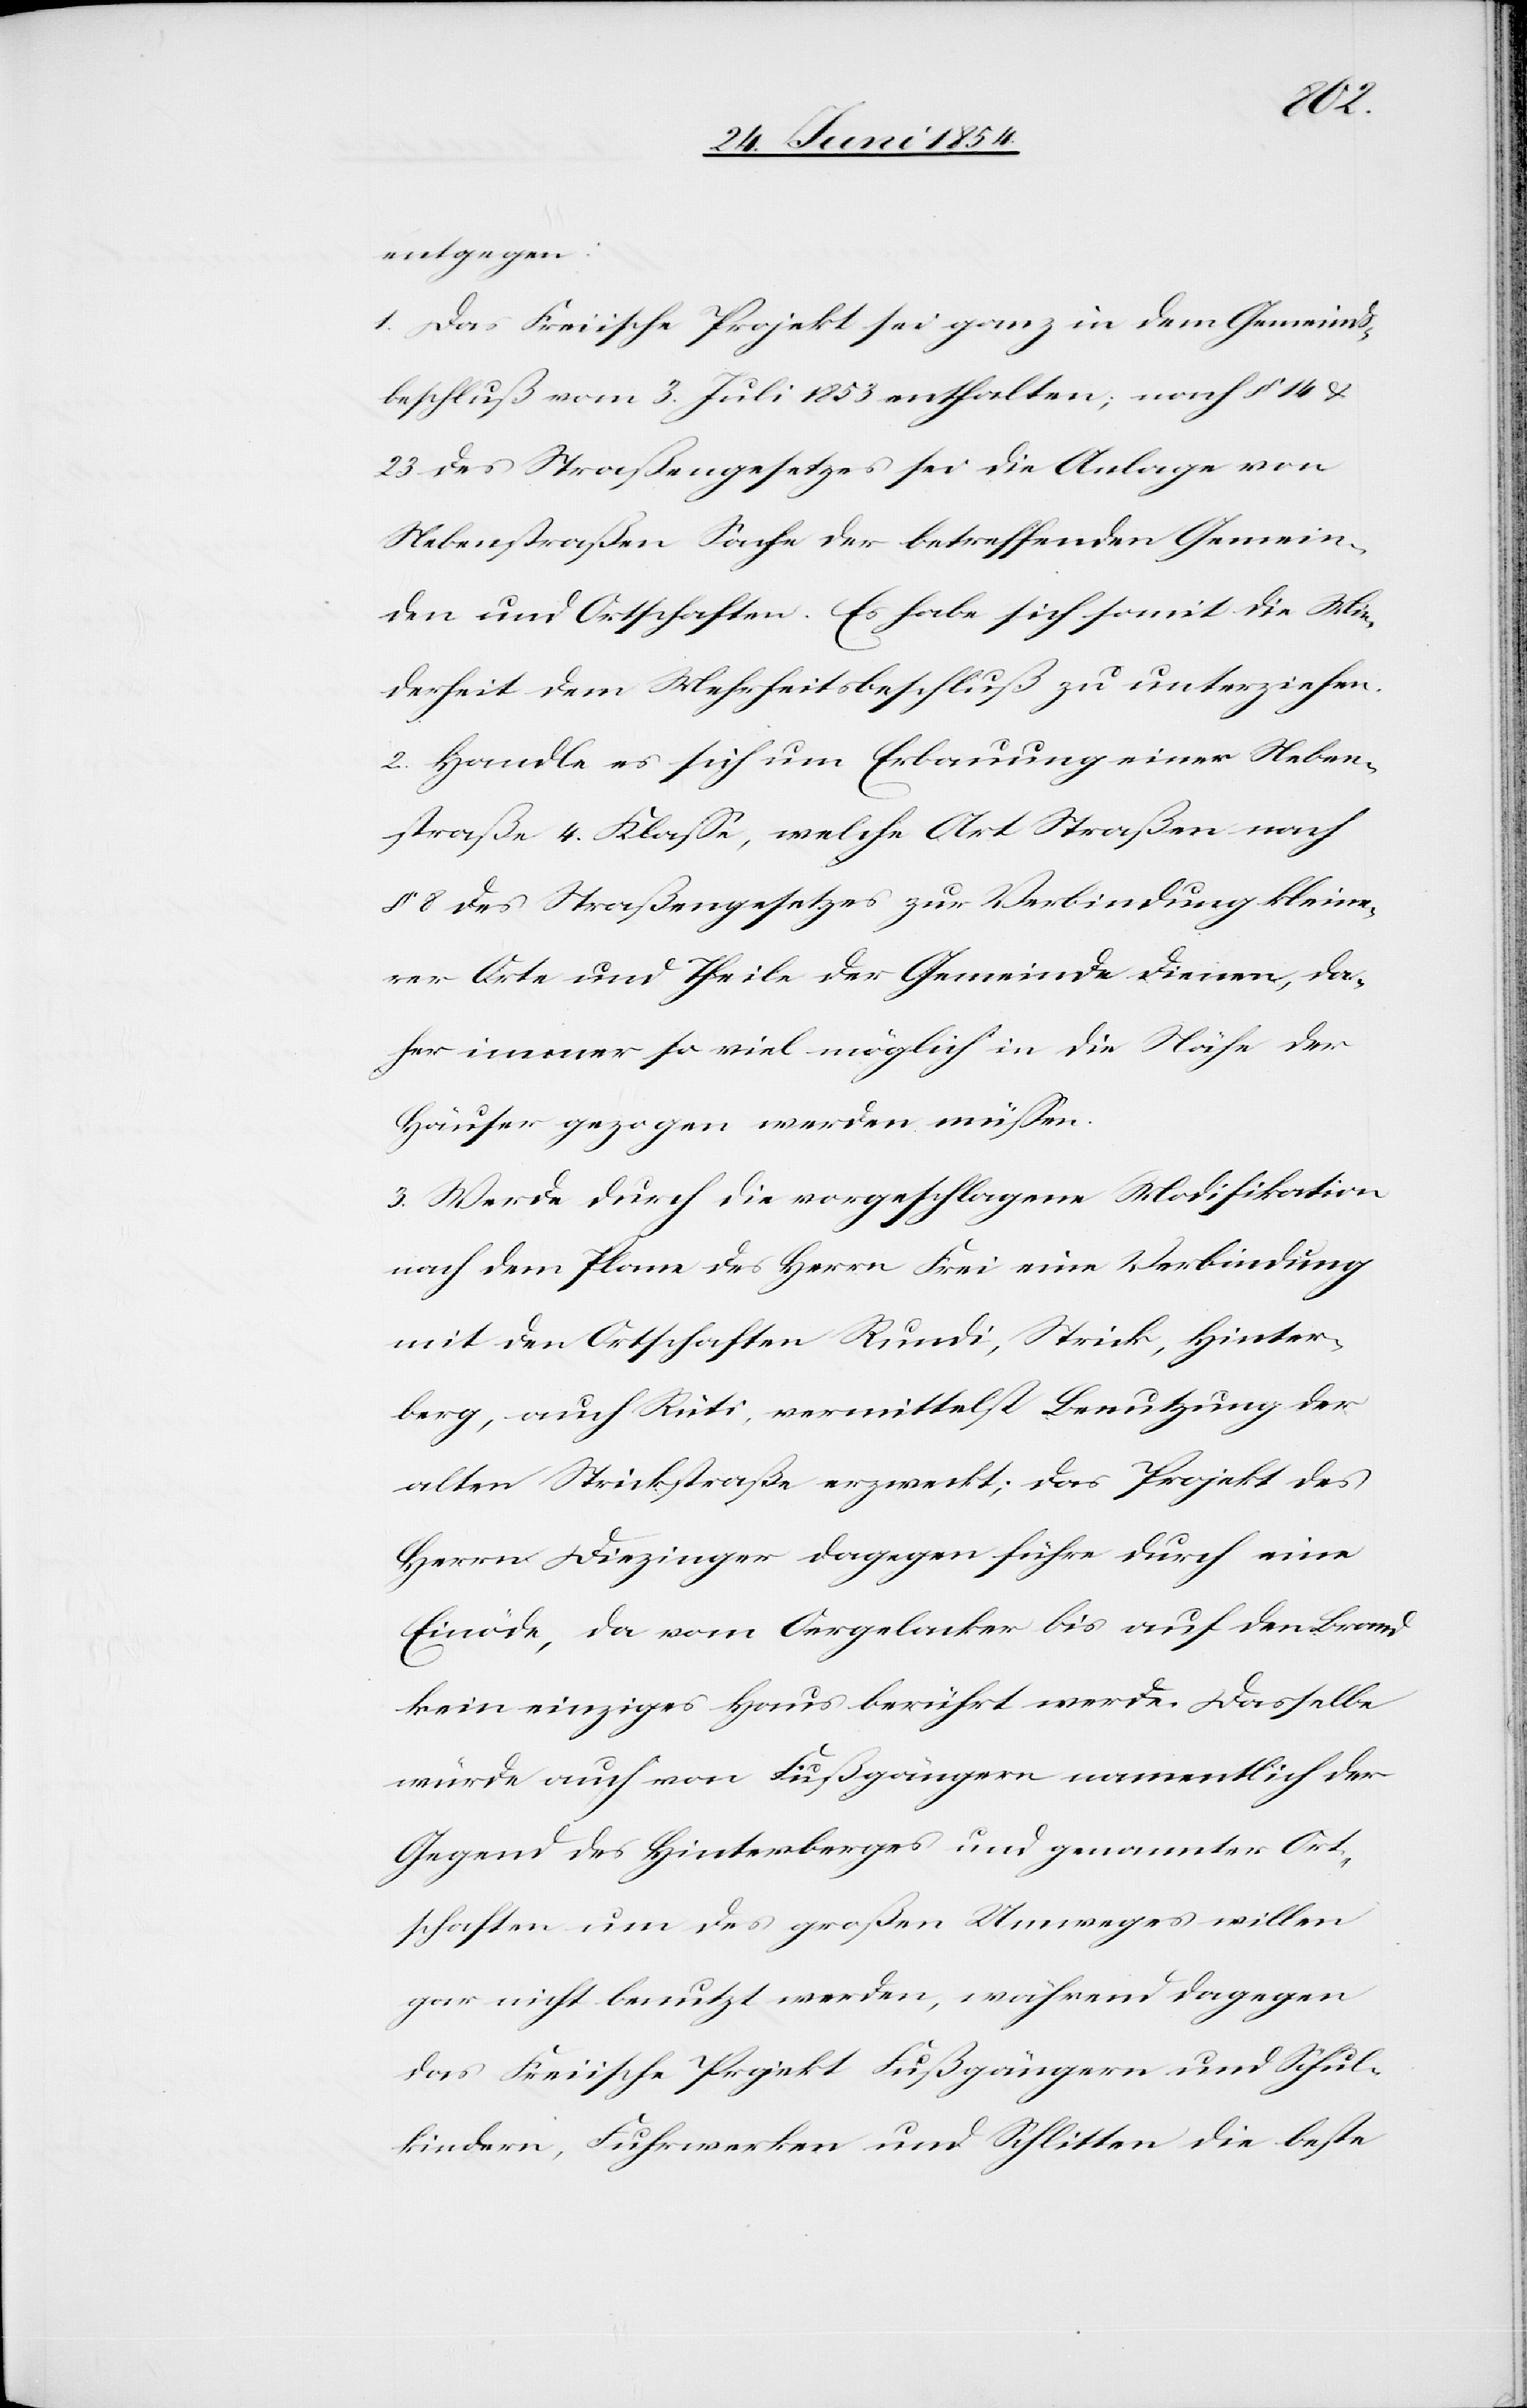
entgegen:
1. Das Freiische Projekt sei ganz in dem Gemeinds¬
beschluß vom 3. Juli 1853 enthalten; nach § 14 u.
23 des Straßengesetzes sei die Anlage von
Nebenstraßen Sache der betreffenden Gemein¬
den und Ortschaften. Es habe sich somit die Min¬
derheit dem Mehrheitsbeschluß zu unterziehen.
2. Handle es sich um Erbauung einer Neben¬
straße 4. Klaße, welche Art Straßen nach
§ 8 des Straßengesetzes zur Verbindung kleine¬
rer Orte und Theile der Gemeinde dienen, da¬
her immer so viel möglich in die Nähe der
Häuser gezogen werden müßen.
3. Werde durch die vorgeschlagene Modifikation
nach dem Plane des Herrn Frei ein Verbindung
mit den Ortschaften Rundi, Strick, Hinter¬
berg, auch Rüti, vermittelst Benutzung der
alten Strickstraße erzweckt; das Projekt des
Herrn Diezinger dagegen führe durch eine
Einöde, da vom Oergelacker bis auf den Brand
kein einziges Haus berührt werde. Dasselbe
würde auch von Fußgängern namentlich der
Gegend des Hinterberges und genannter Ort¬
schaften um des großen Umweges willen
gar nicht benutzt werden, während dagegen
das Freiische Projekt Fußgängern und Schul¬
kindern, Fuhrwerken und Schlitten die beste